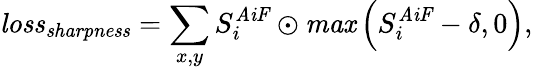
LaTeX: \mathit{loss}_{\mathit{sharpness}}=\sum_{x,y}S_{i}^{\mathit{AiF}}\odot\mathit{max}\left(S_{i}^{\mathit{AiF}}-\delta,0\right),